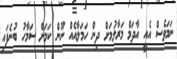
ނަމަވެސް އެއީ އާދަމް މަރާލުމަށް ދިން ހަމަލާއެއް ނޫން ކަމަށް ސަމާހު ބުނެފައި